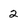
Character: 2